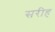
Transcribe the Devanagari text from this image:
सरीह